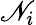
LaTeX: \mathscr{N}_{i}